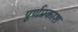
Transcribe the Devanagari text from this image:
पूर्णप्रकाश